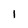
Character: I